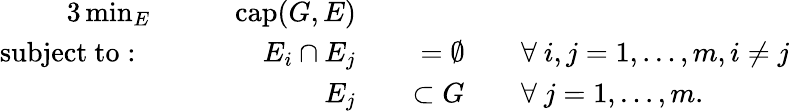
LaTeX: \begin{array}{rlrlrl}{{3}\operatorname*{min}_{E}}&{\quad}&{\mathrm{cap}(G,E)}&{}&&{}\\ {\mathrm{subject~to:~}}&{\quad}&{E_{i}\cap E_{j}}&{}&{=\emptyset}&{\quad\forall\ i,j=1,\ldots,m,i\neq j}\\ &{\quad}&{E_{j}}&{}&{\subset G}&{\quad\forall\ j=1,\ldots,m.}\end{array}